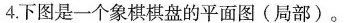
4.下图是一个象棋棋盘的平面图(局部)。